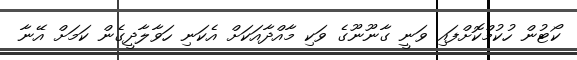
ކޯޓުން ހުކުމްކޮށްފައި ވަނީ ގާނޫނޫގެ ވަކި މާއްދާއަކަށް އެކަނި ހަވާލާދީގެން ކަމަށް އޭނާ